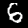
Label: 6